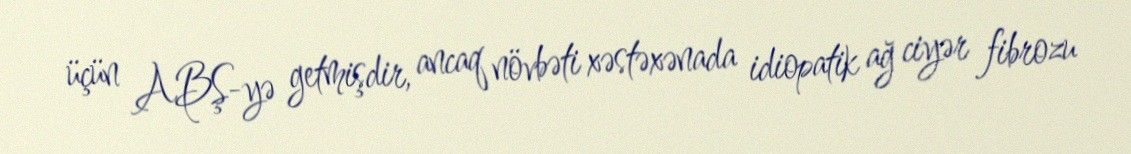
üçün ABŞ-yə getmişdir, ancaq növbəti xəstəxənada idiopatik ağ ciyər fibrozu